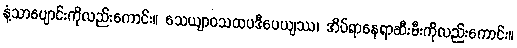
နံ့သာပျောင်းကိုလည်းကောင်း။ သေယျာဝသထပဒီပေယျဿ၊ အိပ်ရာနေရာဆီးမီးကိုလည်းကောင်း။